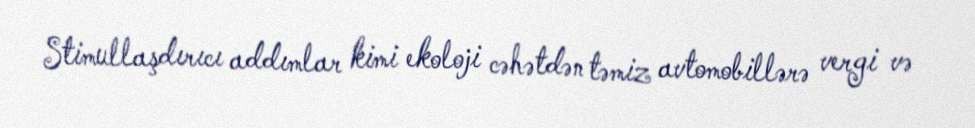
Stimullaşdırıcı addımlar kimi ekoloji cəhətdən təmiz avtomobillərə vergi və